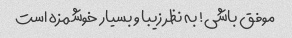
موفق باشی! به نظر زیبا و بسیار خوشمزه است